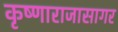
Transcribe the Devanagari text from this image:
कृष्णाराजासागर